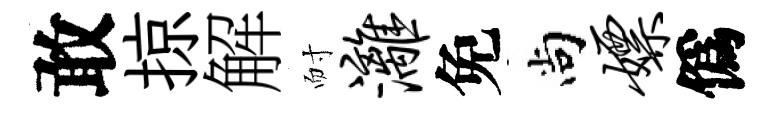
敢掠解耐漓免尚嫖僞